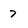
Character: 7